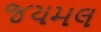
જયમલ